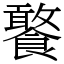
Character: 饏